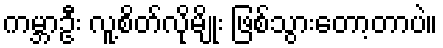
ကမ္ဘာဦး လူ့စိတ်လိုမျိုး ဖြစ်သွားတော့တာပဲ။